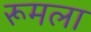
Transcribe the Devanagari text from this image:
रूमला